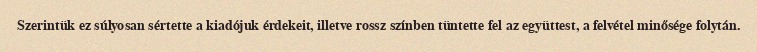
Szerintük ez súlyosan sértette a kiadójuk érdekeit, illetve rossz színben tüntette fel az együttest, a felvétel minősége folytán.